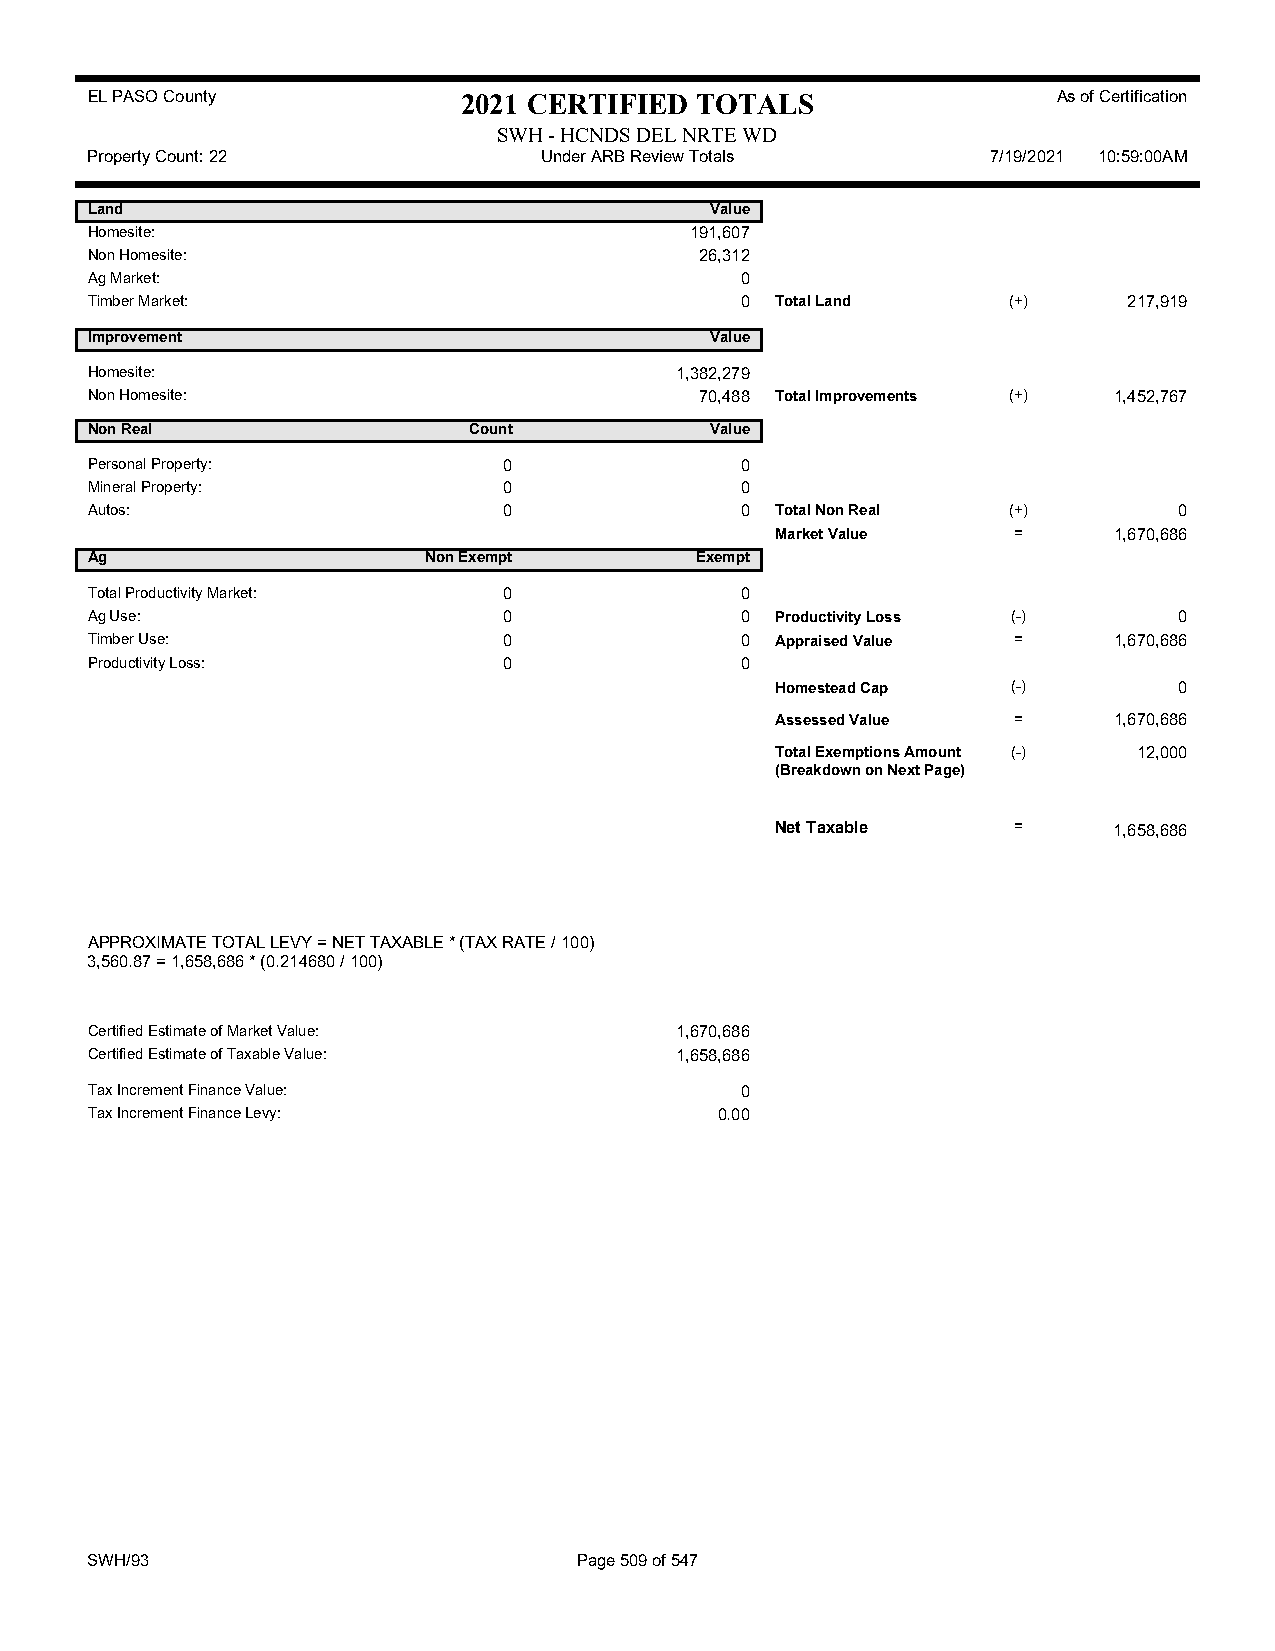
EL PASO County           2021 CERTIFIED TOTALS                  As of Certification
 SWH - HCNDS DEL NRTE WD
 Property Count: 22            Under ARB Review Totals       7/19/2021 10:59:00AM
 Land                                     Value
 Homesite:                               191,607
 Non Homesite:                           26,312
 Ag Market:                                 0
 Timber Market:                             0 Total Land      (+)     217,919
 Improvement                              Value
 Homesite:                              1,382,279
 Non Homesite:                           70,488 Total Improvements (+) 1,452,767
 Non Real                 Count           Value
 Personal Property:         0               0
 Mineral Property:          0               0
 Autos:                     0               0 Total Non Real  (+)        0
 Market Value    =      1,670,686
 Ag                    Non Exempt        Exempt
 Total Productivity Market: 0               0
 Ag Use:                    0               0 Productivity Loss (-)      0
 Timber Use:                0               0 Appraised Value =      1,670,686
 Productivity Loss:         0               0
 Homestead Cap   (-)        0
 Assessed Value  =      1,670,686
 Total Exemptions Amount (-) 12,000
 (Breakdown on Next Page)
 Net Taxable     =      1,658,686
 APPROXIMATE TOTAL LEVY = NET TAXABLE * (TAX RATE / 100)
 3,560.87 = 1,658,686 * (0.214680 / 100)
 Certified Estimate of Market Value:    1,670,686
 Certified Estimate of Taxable Value:   1,658,686
 Tax Increment Finance Value:               0
 Tax Increment Finance Levy:               0.00
 SWH/93                          Page 509 of 547